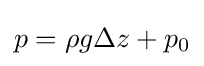
p=\rho g\Delta z+p_{\mathrm {0} }